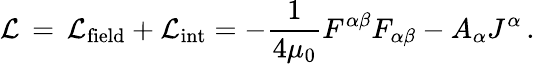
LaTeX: {\mathcal{L}}\, =\, {\mathcal{L}}_{\mathrm{field}}+{\mathcal{L}}_{\mathrm{int}}=-{\frac{1}{4\mu_{0}}}F^{\alpha\beta}F_{\alpha\beta}-A_{\alpha}J^{\alpha}\, .